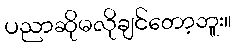
ပညာဆိုမလိုချင်တော့ဘူး။